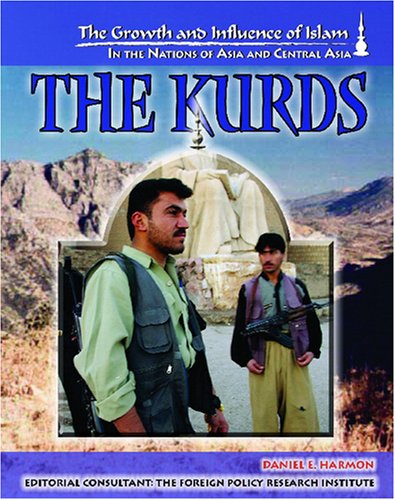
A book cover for The Kurds (Growth and Influence of Islam in the Nations of Asia and Central Asia); LeeAnne Gelletly; Teen & Young Adult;